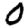
Digit: 0